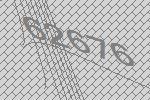
62676